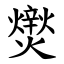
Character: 㸉